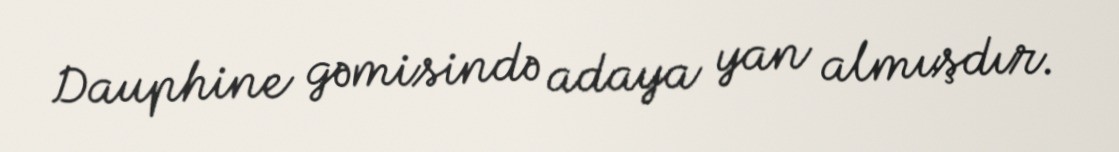
Dauphine gəmisində adaya yan almışdır.